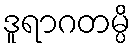
ဒူရာဂတမ္ပိ